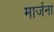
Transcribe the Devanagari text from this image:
मार्जना